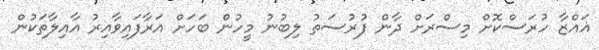
ޣައްޒާ ހުރަސްކޮށް މިސްރަށް ދާން ފުރުސަތު ލިބުނު މީހުން ބަހަށް އަރާފައިވާއިރު އާއިލާތަކުން